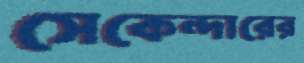
সেকেন্দারের